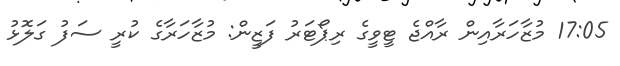
17:05 މުޒާހަރާއިން ރާއްޖެ ޓީވީގެ ރިޕޯޓަރު ފަޒީން: މުޒާހަރާގެ ކުރީ ސަފު ގަލޮޅު